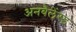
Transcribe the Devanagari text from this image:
अनबैलेंस्ड